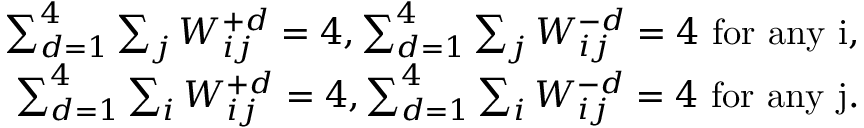
\begin{array} { r } { \sum _ { d = 1 } ^ { 4 } \sum _ { j } W _ { i j } ^ { + d } = 4 , \sum _ { d = 1 } ^ { 4 } \sum _ { j } W _ { i j } ^ { - d } = 4 \ \mathrm { f o r ~ a n y ~ i , } } \\ { \sum _ { d = 1 } ^ { 4 } \sum _ { i } W _ { i j } ^ { + d } = 4 , \sum _ { d = 1 } ^ { 4 } \sum _ { i } W _ { i j } ^ { - d } = 4 \ \mathrm { f o r ~ a n y ~ j . } } \end{array}